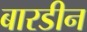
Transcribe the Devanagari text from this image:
बारडीन